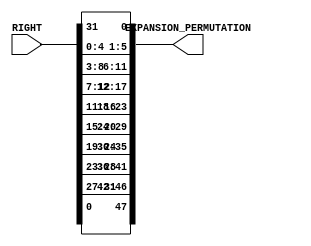
`timescale 1ns / 1ps
//////////////////////////////////////////////////////////////////////////////////
// Alveera Gill 
// Module:    Des_Top 
// Project:   Data Encryption Standard Implementation using Verilog
//////////////////////////////////////////////////////////////////////////////////
module Expansion_Permutation(RIGHT, EXPANSION_PERMUTATION); 
input [32:1]RIGHT; 
output [48:1]EXPANSION_PERMUTATION;
wire [32:1]RIGHT;
reg [48:1]EXPANSION_PERMUTATION;

always @(RIGHT)
begin
EXPANSION_PERMUTATION[1]  <= RIGHT[32];
EXPANSION_PERMUTATION[2]  <= RIGHT[1];
EXPANSION_PERMUTATION[3]  <= RIGHT[2];
EXPANSION_PERMUTATION[4]  <= RIGHT[3];
EXPANSION_PERMUTATION[5]  <= RIGHT[4];
EXPANSION_PERMUTATION[6]  <= RIGHT[5];
EXPANSION_PERMUTATION[7]  <= RIGHT[4];
EXPANSION_PERMUTATION[8]  <= RIGHT[5];
EXPANSION_PERMUTATION[9]  <= RIGHT[6];
EXPANSION_PERMUTATION[10] <= RIGHT[7];
EXPANSION_PERMUTATION[11] <= RIGHT[8];
EXPANSION_PERMUTATION[12] <= RIGHT[9];
EXPANSION_PERMUTATION[13] <= RIGHT[8];
EXPANSION_PERMUTATION[14] <= RIGHT[9];
EXPANSION_PERMUTATION[15] <= RIGHT[10];
EXPANSION_PERMUTATION[16] <= RIGHT[11];
EXPANSION_PERMUTATION[17] <= RIGHT[12];
EXPANSION_PERMUTATION[18] <= RIGHT[13];
EXPANSION_PERMUTATION[19] <= RIGHT[12];
EXPANSION_PERMUTATION[20] <= RIGHT[13];
EXPANSION_PERMUTATION[21] <= RIGHT[14];
EXPANSION_PERMUTATION[22] <= RIGHT[15];
EXPANSION_PERMUTATION[23] <= RIGHT[16];
EXPANSION_PERMUTATION[24] <= RIGHT[17];
EXPANSION_PERMUTATION[25] <= RIGHT[16];
EXPANSION_PERMUTATION[26] <= RIGHT[17];
EXPANSION_PERMUTATION[27] <= RIGHT[18];
EXPANSION_PERMUTATION[28] <= RIGHT[19];
EXPANSION_PERMUTATION[29] <= RIGHT[20];
EXPANSION_PERMUTATION[30] <= RIGHT[21];
EXPANSION_PERMUTATION[31] <= RIGHT[20];
EXPANSION_PERMUTATION[32] <= RIGHT[21];
EXPANSION_PERMUTATION[33] <= RIGHT[22];
EXPANSION_PERMUTATION[34] <= RIGHT[23];
EXPANSION_PERMUTATION[35] <= RIGHT[24];
EXPANSION_PERMUTATION[36] <= RIGHT[25];
EXPANSION_PERMUTATION[37] <= RIGHT[24];
EXPANSION_PERMUTATION[38] <= RIGHT[25];
EXPANSION_PERMUTATION[39] <= RIGHT[26];
EXPANSION_PERMUTATION[40] <= RIGHT[27];
EXPANSION_PERMUTATION[41] <= RIGHT[28];
EXPANSION_PERMUTATION[42] <= RIGHT[29];
EXPANSION_PERMUTATION[43] <= RIGHT[28];
EXPANSION_PERMUTATION[44] <= RIGHT[29];
EXPANSION_PERMUTATION[45] <= RIGHT[30];
EXPANSION_PERMUTATION[46] <= RIGHT[31];
EXPANSION_PERMUTATION[47] <= RIGHT[32];
EXPANSION_PERMUTATION[48] <= RIGHT[1];
end
endmodule